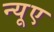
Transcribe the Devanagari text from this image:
न्‍यूए